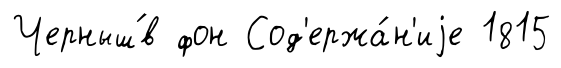
Черныш́в фон Сод'ержа́н'иjе 1815